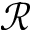
\mathscr { R }